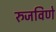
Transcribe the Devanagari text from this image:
रुजविणे